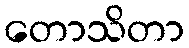
တောသိတာ